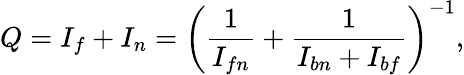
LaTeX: Q=I_{f}+I_{n}=\left(\frac{1}{I_{fn}}+\frac{1}{I_{bn}+I_{bf}}\right)^{-1},